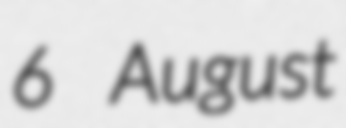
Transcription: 6 August